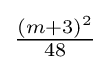
{\tfrac {(m+3)^{2}}{48}}